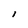
Character: l